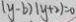
( y - b ) ( y + 2 ) = 0